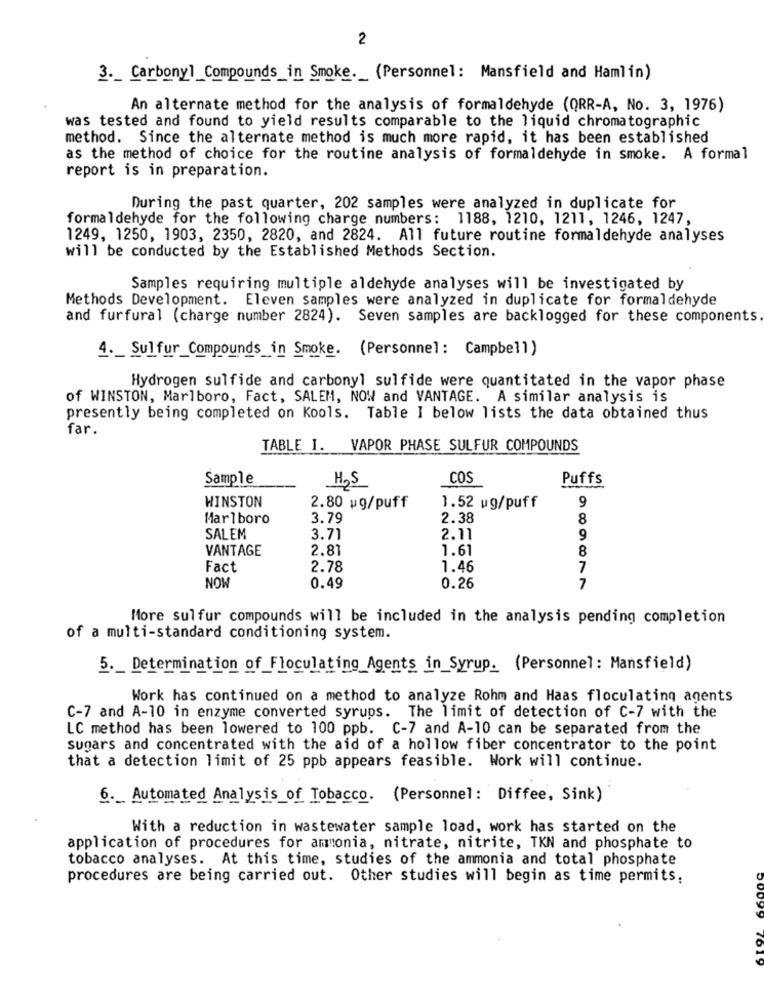
2
3 ._ Carbonyl_Compounds_in Smoke. _ (Personnel: Mansfield and Hamlin)
An alternate method for the analysis of formaldehyde (QRR-A, No. 3, 1976)
was tested and found to yield results comparable to the liquid chromatographic
method. Since the alternate method is much more rapid, it has been established
as the method of choice for the routine analysis of formaldehyde in smoke. A formal
report is in preparation.
During the past quarter, 202 samples were analyzed in duplicate for
formaldehyde for the following charge numbers: 1188, 1210, 1211, 1246, 1247,
1249, 1250, 1903, 2350, 2820, and 2824. All future routine formaldehyde analyses
will be conducted by the Established Methods Section.
Samples requiring multiple aldehyde analyses will be investigated by
Methods Development. Eleven samples were analyzed in duplicate for formaldehyde
and furfural (charge number 2824). Seven samples are backlogged for these components
4. _ Sulfur_Compounds_in Smoke. (Personnel: Campbell)
Hydrogen sulfide and carbonyl sulfide were quantitated in the vapor phase
of WINSTON, Marlboro, Fact, SALEM, NOW and VANTAGE. A similar analysis is
presently being completed on Kools. Table I below lists the data obtained thus
far.
TABLE I. VAPOR PHASE SULFUR COMPOUNDS
Sample
COS
Puffs
H2S
WINSTON
9
2.80 wg/puff
1.52 ug/puff
Marlboro
3.79
2.38
8
SALEM
3.71
2.11
9
VANTAGE
2.81
1.61
8
Fact
2.78
1.46
7
NOW
0.49
0.26
7
More sulfur compounds will be included in the analysis pending completion
of a multi-standard conditioning system.
5. _ Determination of Floculating Agents in Syrup. (Personnel: Mansfield)
Work has continued on a method to analyze Rohm and Haas floculating agents
C-7 and A-10 in enzyme converted syrups. The limit of detection of C-7 with the
LC method has been lowered to 100 ppb. C-7 and A-10 can be separated from the
sugars and concentrated with the aid of a hollow fiber concentrator to the point
that a detection limit of 25 ppb appears feasible. Work will continue.
6. Automated Analysis of Tobacco. (Personnel: Diffee, Sink)
With a reduction in wastewater sample load, work has started on the
application of procedures for ammonia, nitrate, nitrite, TKN and phosphate to
tobacco analyses. At this time, studies of the ammonia and total phosphate
procedures are being carried out. Other studies will begin as time permits.